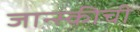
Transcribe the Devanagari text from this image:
जान्स्कीची